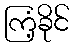
ကြံ့ခိုင်